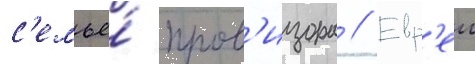
с'емье́ пров'изора // Евр'еи